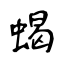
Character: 蝎